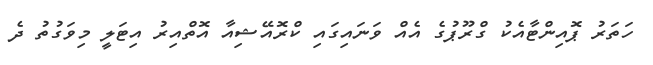
ހަތަރު ޕޮއިންޓާއެކު ގްރޫޕުގެ އެއް ވަނައިގައި ކްރޮއޭޝިއާ އޮތްއިރު އިޓަލީ މިވަގުތު ދެ